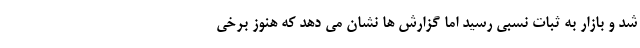
شد و بازار به ثبات نسبی رسید اما گزارش ها نشان می دهد که هنوز برخی